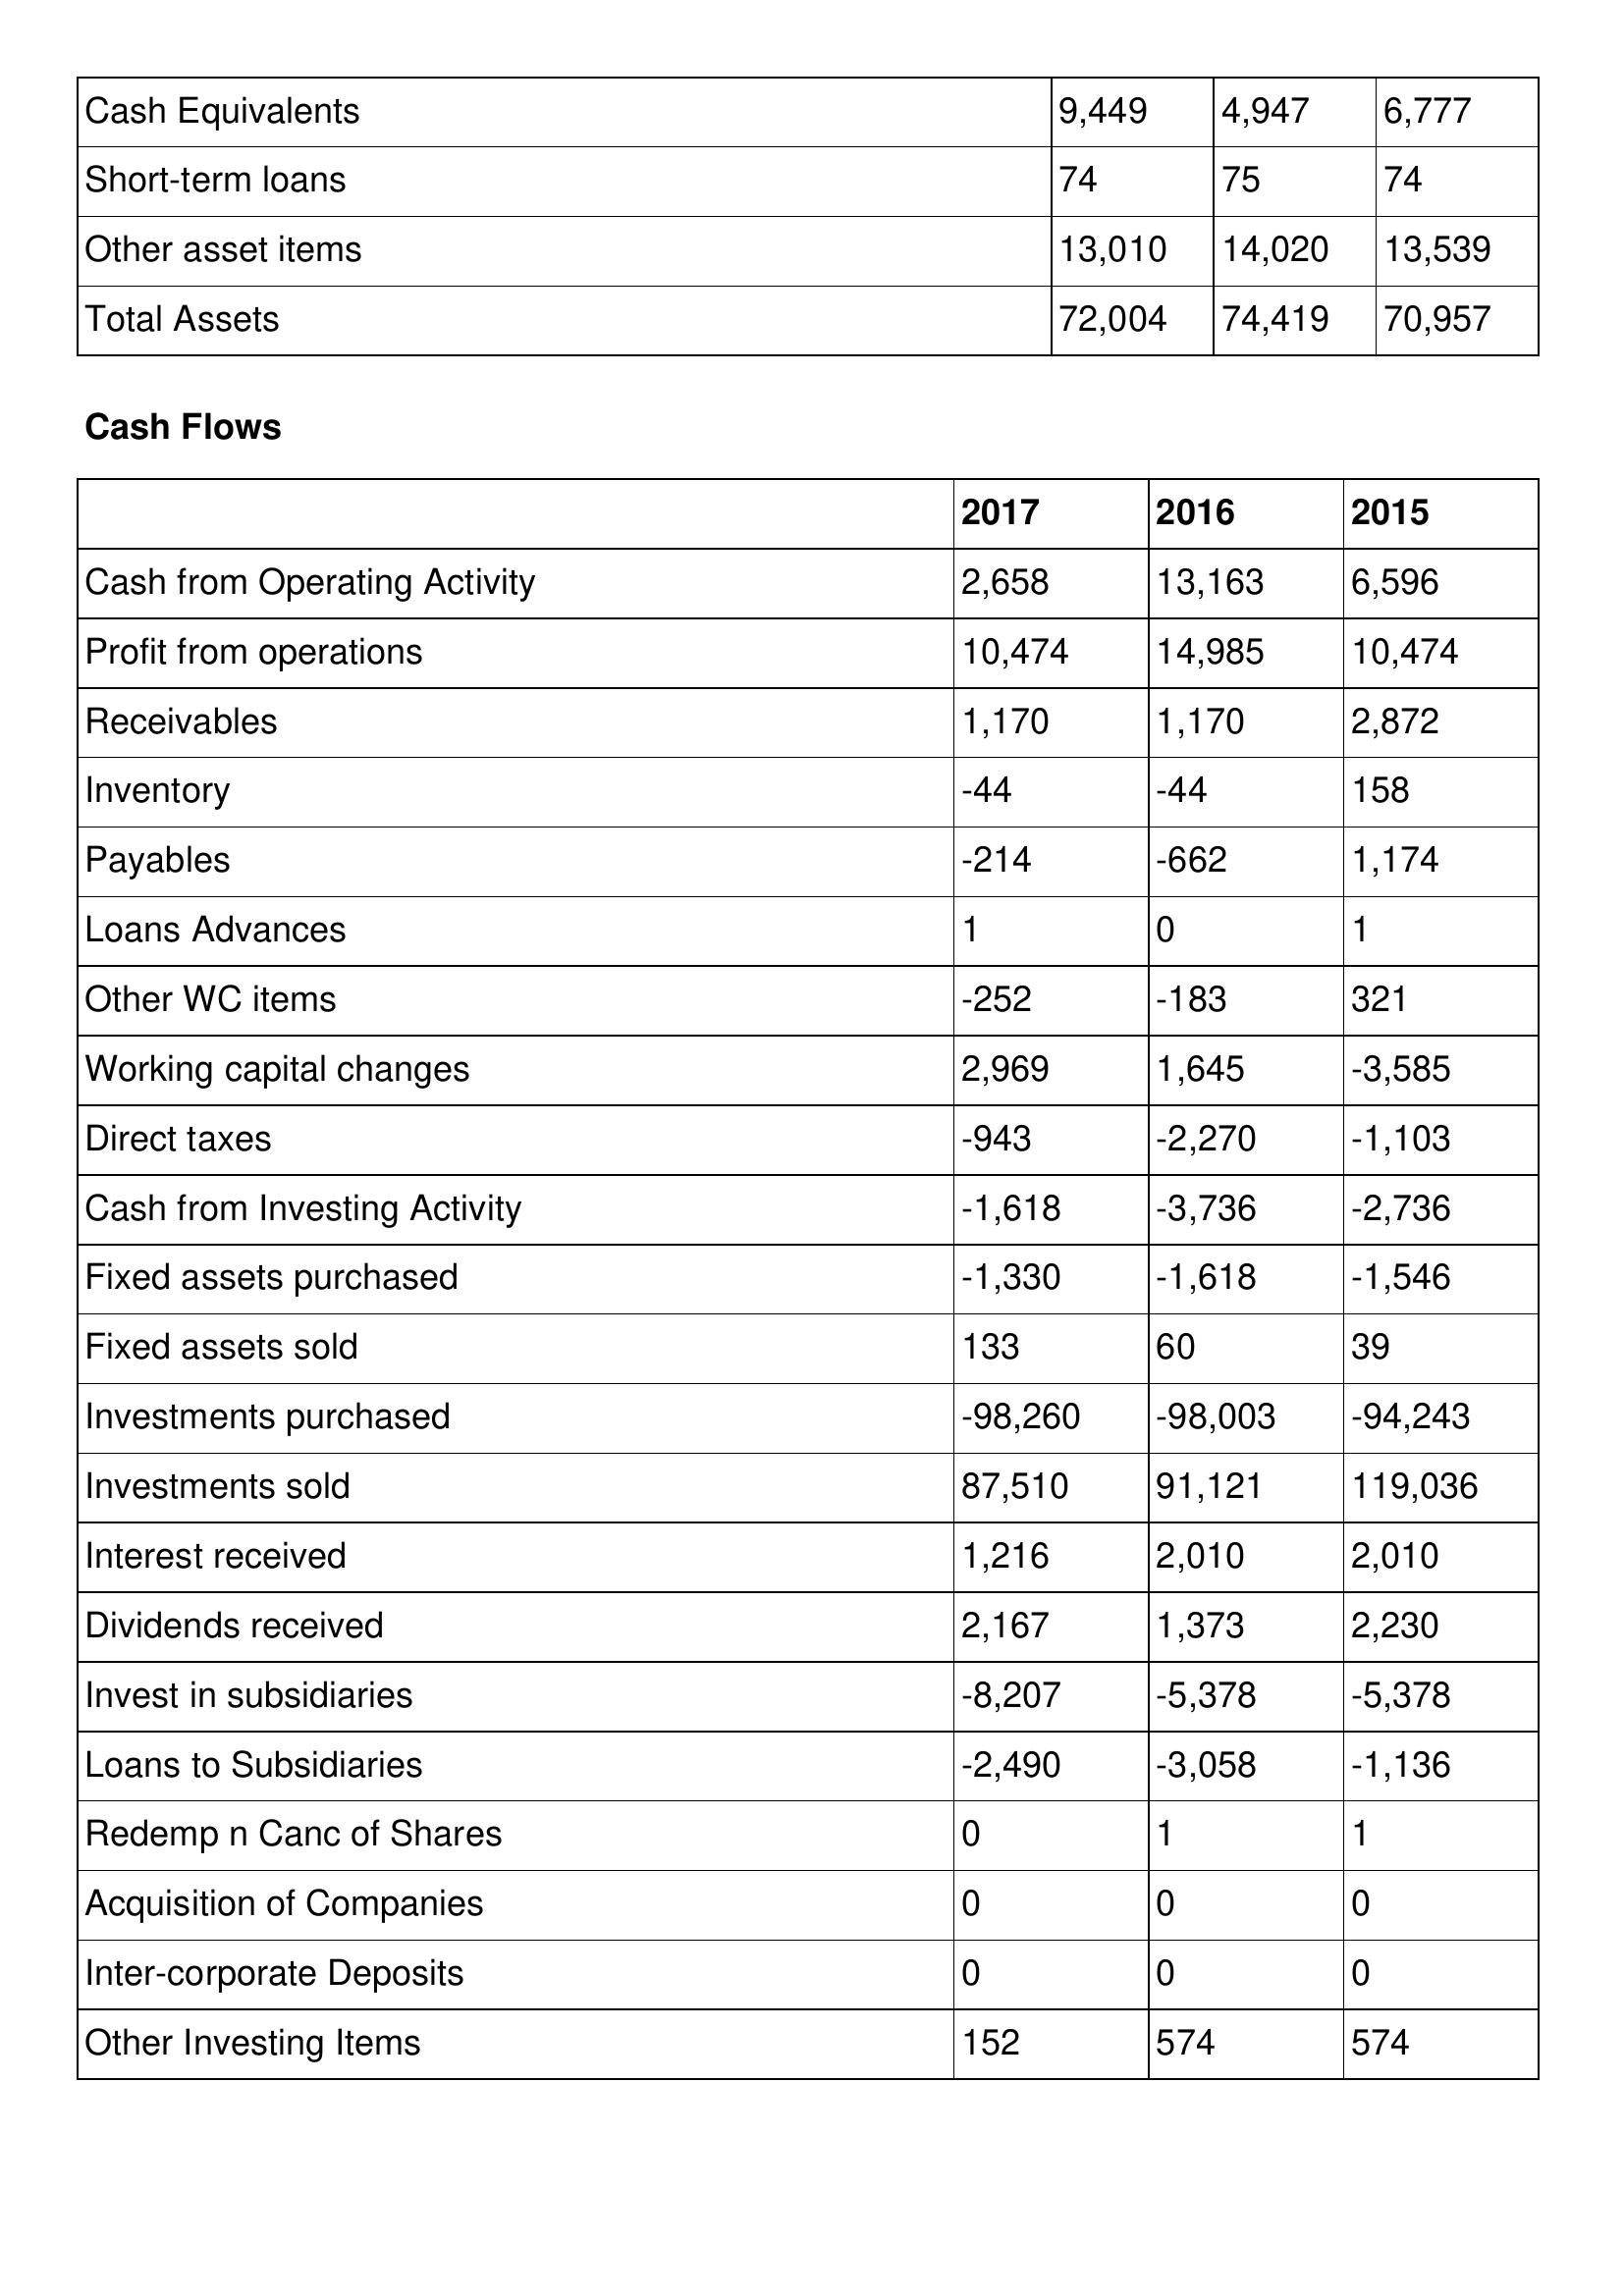
gt_parse: 2017: Balance Sheet: Cash Equivalents: 9,449
Short-term loans: 74
Other asset items: 13,010
Total Assets: 72,004
Cash Flows: Cash from Operating Activity: 2,658
Profit from operations: 10,474
Receivables: 1,170
Inventory: -44
Payables: -214
Loans Advances: 1
Other WC items: -252
Working capital changes: 2,969
Direct taxes: -943
Cash from Investing Activity: -1,618
Fixed assets purchased: -1,330
Fixed assets sold: 133
Investments purchased: -98,260
Investments sold: 87,510
Interest received: 1,216
Dividends received: 2,167
Invest in subsidiaries: -8,207
Loans to Subsidiaries: -2,490
Redemp n Canc of Shares: 0
Acquisition of Companies: 0
Inter-corporate Deposits: 0
Other Investing Items: 152
2016: Balance Sheet: Cash Equivalents: 4,947
Short-term loans: 75
Other asset items: 14,020
Total Assets: 74,419
Cash Flows: Cash from Operating Activity: 13,163
Profit from operations: 14,985
Receivables: 1,170
Inventory: -44
Payables: -662
Loans Advances: 0
Other WC items: -183
Working capital changes: 1,645
Direct taxes: -2,270
Cash from Investing Activity: -3,736
Fixed assets purchased: -1,618
Fixed assets sold: 60
Investments purchased: -98,003
Investments sold: 91,121
Interest received: 2,010
Dividends received: 1,373
Invest in subsidiaries: -5,378
Loans to Subsidiaries: -3,058
Redemp n Canc of Shares: 1
Acquisition of Companies: 0
Inter-corporate Deposits: 0
Other Investing Items: 574
2015: Balance Sheet: Cash Equivalents: 6,777
Short-term loans: 74
Other asset items: 13,539
Total Assets: 70,957
Cash Flows: Cash from Operating Activity: 6,596
Profit from operations: 10,474
Receivables: 2,872
Inventory: 158
Payables: 1,174
Loans Advances: 1
Other WC items: 321
Working capital changes: -3,585
Direct taxes: -1,103
Cash from Investing Activity: -2,736
Fixed assets purchased: -1,546
Fixed assets sold: 39
Investments purchased: -94,243
Investments sold: 119,036
Interest received: 2,010
Dividends received: 2,230
Invest in subsidiaries: -5,378
Loans to Subsidiaries: -1,136
Redemp n Canc of Shares: 1
Acquisition of Companies: 0
Inter-corporate Deposits: 0
Other Investing Items: 574